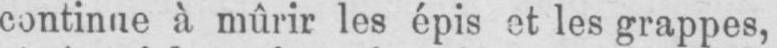
continue à mûrir les épis et les grappes,